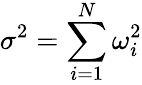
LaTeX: \sigma^{2}=\sum_{i=1}^{N}\omega_{i}^{2}